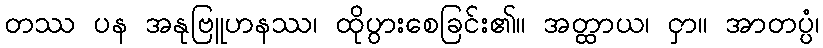
တဿ ပန အနုဗြူဟနဿ၊ ထိုပွားစေခြင်း၏။ အတ္ထာယ၊ ငှာ။ အာတပ္ပံ၊